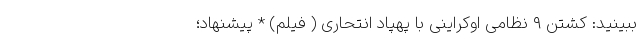
ببینید: کشتن ۹ نظامی اوکراینی با پهپاد انتحاری ( فیلم) * پیشنهاد؛